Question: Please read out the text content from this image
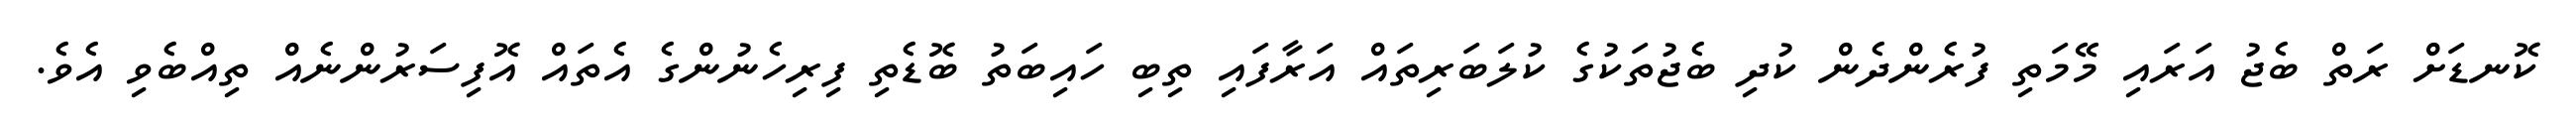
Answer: ކޮނޑަށް ރަތް ބެޖު އަރައި މޭމަތި ފުރެންދެން ކުދި ބެޖުތަކުގެ ކުލަބަރިތައް އަރާފައި ތިބި ހައިބަތު ބޮޑެތި ފިރިހެނުންގެ އެތައް އޮފިސަރުންނެއް ތިއްބެވި އެވެ.